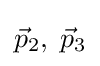
{\vec {p}}_{2},\;{\vec {p}}_{3}